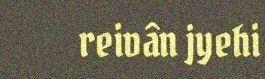
reivân jyehi